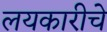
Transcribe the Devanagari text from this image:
लयकारीचे